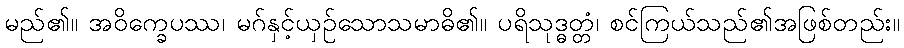
မည်၏။ အဝိက္ခေပဿ၊ မဂ်နှင့်ယှဉ်သောသမာဓိ၏။ ပရိသုဒ္ဓတ္တံ၊ စင်ကြယ်သည်၏အဖြစ်တည်း။